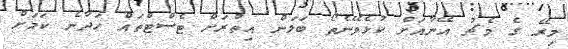
މިރޭ ގެ މެޗު އޭނާއަށް ކުޅެވޭނެތޯ ބަލަން އިތުރަށް ޓެސްޓްތައް ހަދާނެ ކަމަށް